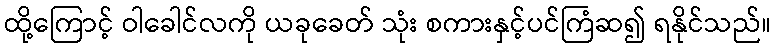
ထို့ကြောင့် ဝါခေါင်လကို ယခုခေတ် သုံး စကားနှင့်ပင်ကြံဆ၍ ရနိုင်သည်။